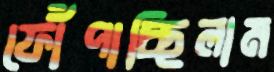
ফোঁপাচ্ছিলাম